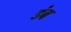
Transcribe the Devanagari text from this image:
डंब